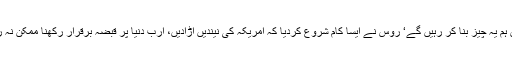
’عرب ملک میں ہم یہ چیز بنا کر رہیں گے‘ روس نے ایسا کام شروع کردیا کہ امریکہ کی نیندیں اڑادیں، ارب دنیا پر قبضہ برقرار رکھنا ممکن نہ رہے گا کیونکہ۔